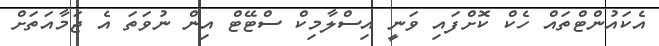
އެކައުންޓްތައް ހެކް ކޮށްފައި ވަނީ އިސްލާމިކް ސްޓޭޓް އިން ނުވަތަ އެ ޖަމާއަތަށް